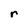
Character: r